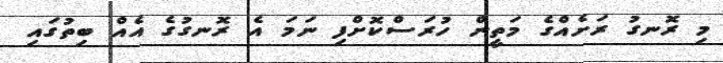
މި ރޮނގު ރަށެއްގެ މަތީން ހުރަސްކޮށްފި ނަމަ އެ ރޮނގުގެ އެއް ބިތުގައި